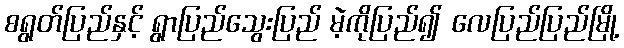
စရွတ်ပြည်နှင့် ရွာပြည်သွေးပြည် မဲ့ကိုပြည်၍ လေပြည်ပြည်မြို့